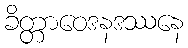
ခိတ္တာဝေဒနဒဿနေ